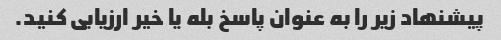
پیشنهاد زیر را به عنوان پاسخ بله یا خیر ارزیابی کنید.